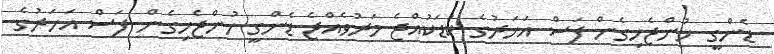
ޑެންގީ ހުންޖެހިގެން ފަސް އަހަރުގެ ކުޑަކުއްޖެ މަރުވެއްޖެ ޑެންގީ ހުންޖެހިގެން ފަސް އަހަރުގެ